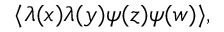
\langle \lambda ( x ) \lambda ( y ) \psi ( z ) \psi ( w ) \rangle ,